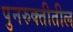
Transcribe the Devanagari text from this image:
पुनरुक्तीतील